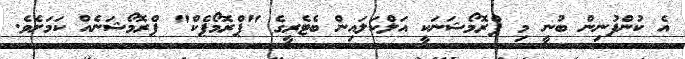
އެ ކުންފުނިން ބުނީ މި ޕްރޮމޯޝަނަކީ އަލްކަލައިން ބެޓެރީގެ "ޕްރޮމޯޕެކް" ޕްރޮމޯޝަނެއް ކަމަށެވެ.